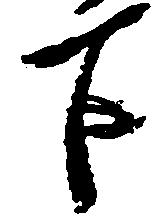
下